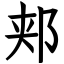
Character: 郏